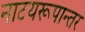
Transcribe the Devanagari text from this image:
नाटयरूपान्तर